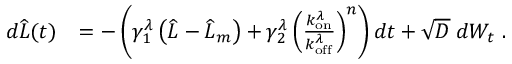
\begin{array} { r l } { d \widehat { L } ( t ) } & { = - \left( \gamma _ { 1 } ^ { \lambda } \left( \widehat { L } - \widehat { L } _ { m } \right) + \gamma _ { 2 } ^ { \lambda } \left( \frac { k _ { \mathrm { o n } } ^ { \lambda } } { k _ { \mathrm { o f f } } ^ { \lambda } } \right) ^ { n } \right) d t + \sqrt { D } \; d W _ { t } \ . } \end{array}